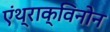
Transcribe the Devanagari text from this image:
एंथ्राक्विनोन